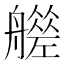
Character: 𦪮